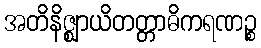
အတိနိဇ္ဈာယိတတ္တာဓိကရဏဉ္စ